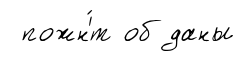
пожн'́т об даны